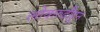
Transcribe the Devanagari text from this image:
लोकरुढीहून